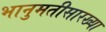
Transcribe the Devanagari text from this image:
भानुमतीसारख्या